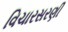
વિચારસરણી